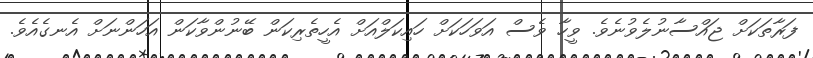
ފަރާތަކަށް ޖައްސާނުލެވުނެވެ. ވީހާ ވެސް އަވަހަކަށް ހައިކަލްއަށް އެހީތެރިކަން ބޭނުންވާކަން އަހަންނަށް އެނގެއެވެ.